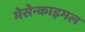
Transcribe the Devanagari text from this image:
मेसेन्काइमल